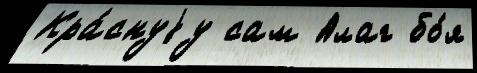
Кра́снуjу сам Алаг бо́я